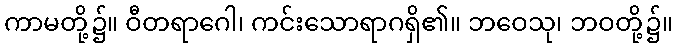
ကာမတို့၌။ ဝီတရာဂေါ၊ ကင်းသောရာဂရှိ၏။ ဘဝေသု၊ ဘဝတို့၌။